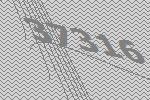
37316